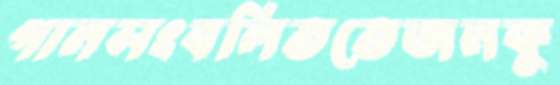
গানসংবলিততেজনকু